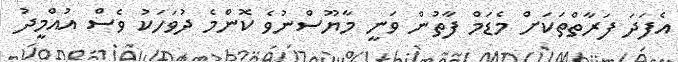
އެފަދަ ފަރާތްތަކަށް މެޑަމް ފާތުން ވަނީ މާޔޫސްނުވެ ކޮންމެ ދުވަހަކު ވެސް އުއްމީދު